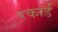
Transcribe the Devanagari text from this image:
रकार्ड